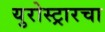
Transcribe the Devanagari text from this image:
युरोस्ट्रारचा